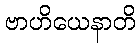
ဗာဟိယေနာတိ